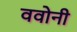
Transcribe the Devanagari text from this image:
ववोनी